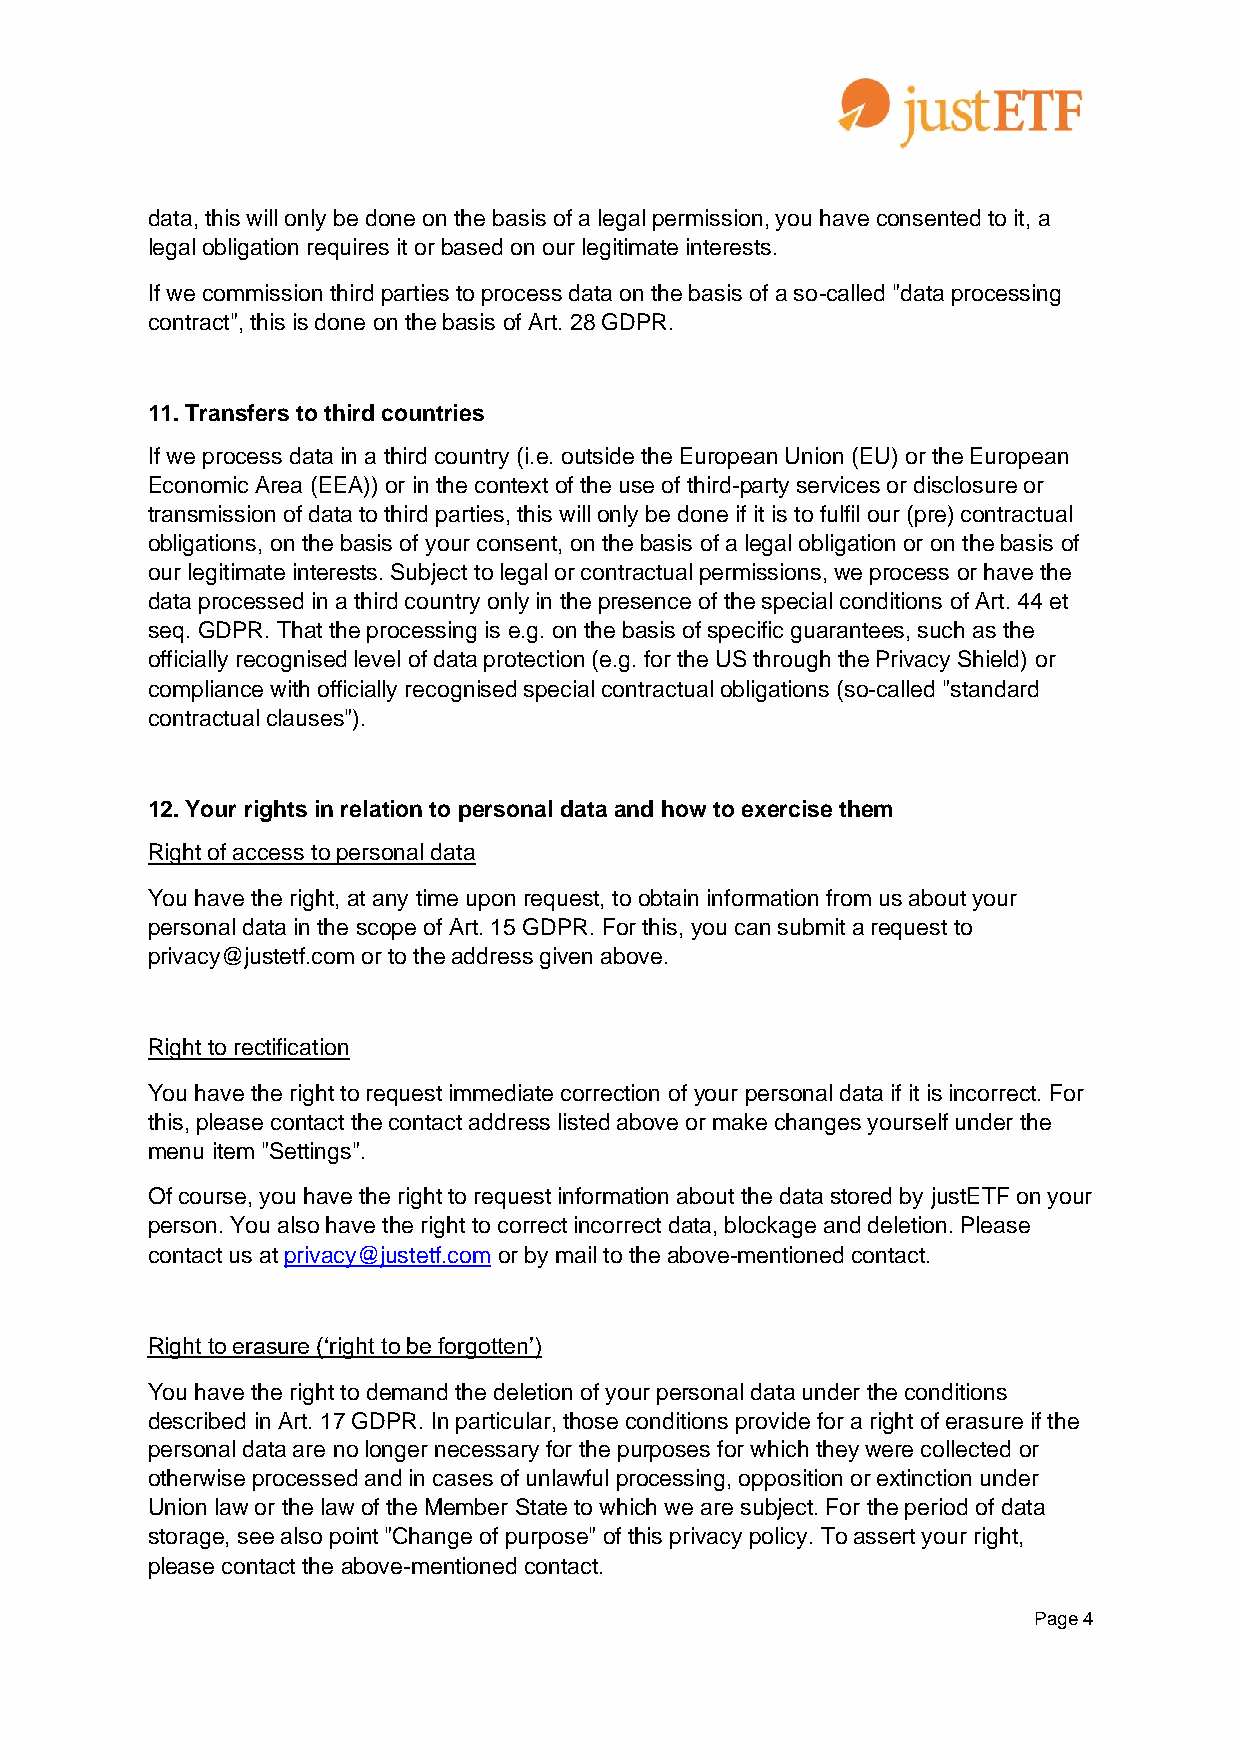
data, this will only be done on the basis of a legal permission, you have consented to it, a
 legal obligation requires it or based on our legitimate interests.
 If we commission third parties to process data on the basis of a so-called "data processing
 contract", this is done on the basis of Art. 28 GDPR.
 11. Transfers to third countries
 If we process data in a third country (i.e. outside the European Union (EU) or the European
 Economic Area (EEA)) or in the context of the use of third-party services or disclosure or
 transmission of data to third parties, this will only be done if it is to fulfil our (pre) contractual
 obligations, on the basis of your consent, on the basis of a legal obligation or on the basis of
 our legitimate interests. Subject to legal or contractual permissions, we process or have the
 data processed in a third country only in the presence of the special conditions of Art. 44 et
 seq. GDPR. That the processing is e.g. on the basis of specific guarantees, such as the
 officially recognised level of data protection (e.g. for the US through the Privacy Shield) or
 compliance with officially recognised special contractual obligations (so-called "standard
 contractual clauses").
 12. Your rights in relation to personal data and how to exercise them
 Right of access to personal data
 You have the right, at any time upon request, to obtain information from us about your
 personal data in the scope of Art. 15 GDPR. For this, you can submit a request to
 privacy@justetf.com or to the address given above.
 Right to rectification
 You have the right to request immediate correction of your personal data if it is incorrect. For
 this, please contact the contact address listed above or make changes yourself under the
 menu item "Settings".
 Of course, you have the right to request information about the data stored by justETF on your
 person. You also have the right to correct incorrect data, blockage and deletion. Please
 contact us at privacy@justetf.com or by mail to the above-mentioned contact.
 Right to erasure (‘right to be forgotten’)
 You have the right to demand the deletion of your personal data under the conditions
 described in Art. 17 GDPR. In particular, those conditions provide for a right of erasure if the
 personal data are no longer necessary for the purposes for which they were collected or
 otherwise processed and in cases of unlawful processing, opposition or extinction under
 Union law or the law of the Member State to which we are subject. For the period of data
 storage, see also point "Change of purpose" of this privacy policy. To assert your right,
 please contact the above-mentioned contact.
 Page 4